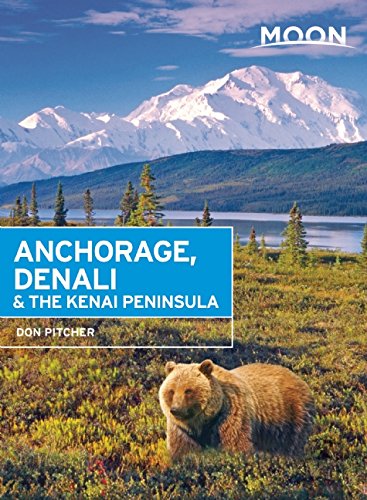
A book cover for Moon Anchorage, Denali & the Kenai Peninsula (Moon Handbooks); Don Pitcher; Travel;